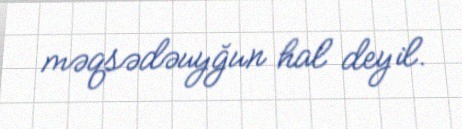
məqsədəuyğun hal deyil.